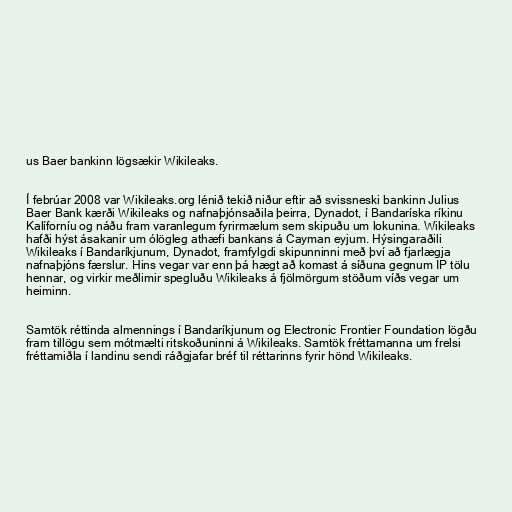
us Baer bankinn lögsækir Wikileaks.

Í febrúar 2008 var Wikileaks.org lénið tekið niður eftir að svissneski bankinn Julius
Baer Bank kærði Wikileaks og nafnaþjónsaðila þeirra, Dynadot, í Bandaríska ríkinu
Kalíforníu og náðu fram varanlegum fyrirmælum sem skipuðu um lokunina. Wikileaks
hafði hýst ásakanir um ólögleg athæfi bankans á Cayman eyjum. Hýsingaraðili
Wikileaks í Bandaríkjunum, Dynadot, framfylgdi skipunninni með því að fjarlægja
nafnaþjóns færslur. Hins vegar var enn þá hægt að komast á síðuna gegnum IP tölu
hennar, og virkir meðlimir spegluðu Wikileaks á fjölmörgum stöðum víðs vegar um
heiminn.

Samtök réttinda almennings í Bandaríkjunum og Electronic Frontier Foundation lögðu
fram tillögu sem mótmælti ritskoðuninni á Wikileaks. Samtök fréttamanna um frelsi
fréttamiðla í landinu sendi ráðgjafar bréf til réttarinns fyrir hönd Wikileaks.